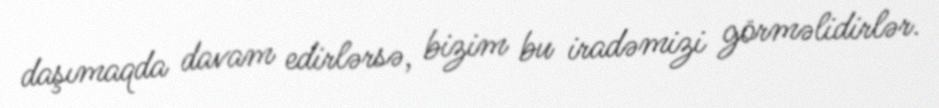
daşımaqda davam edirlərsə, bizim bu iradəmizi görməlidirlər.